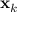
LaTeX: \mathbf { x } _ { k }